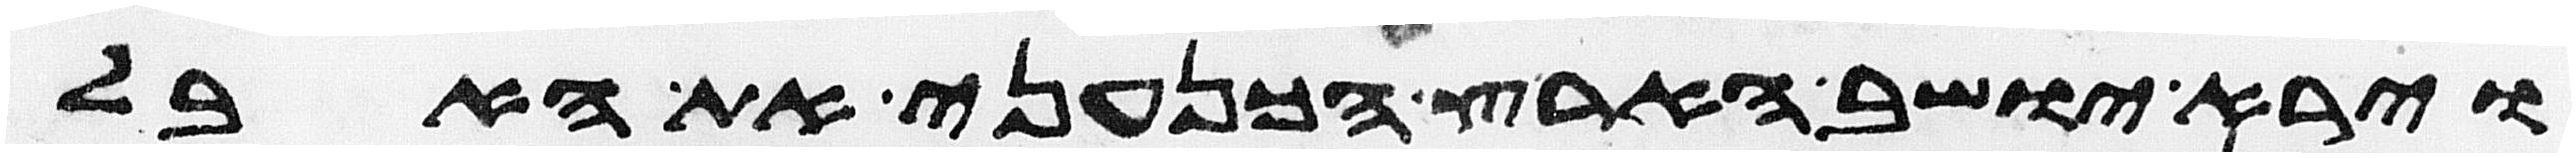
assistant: וירא יושב הארץ הכנעני את האבל